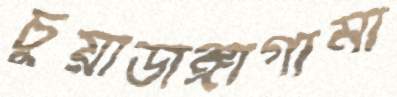
চুয়াডাঙ্গাগামী